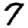
Digit: 7